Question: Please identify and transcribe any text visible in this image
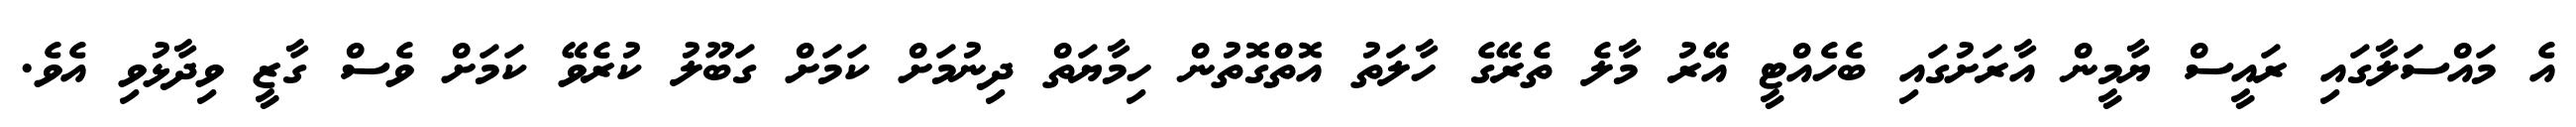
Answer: އެ މައްސަލާގައި ރައީސް ޔާމީން އާރަށުގައި ބެހެއްޓީ އޭރު މާލެ ތެރޭގެ ހާލަތު އޮތްގޮތުން ހިމާޔަތް ދިނުމަށް ކަމަށް ގަބޫލު ކުރެވޭ ކަމަށް ވެސް ގާޒީ ވިދާޅުވި އެވެ.